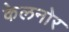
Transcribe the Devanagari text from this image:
केलनोर